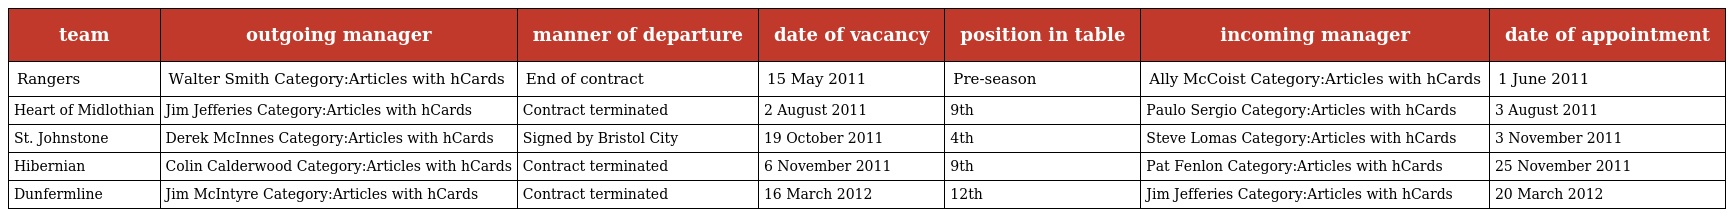
| team | outgoing manager | manner of departure | date of vacancy | position in table | incoming manager | date of appointment |
 | --- | --- | --- | --- | --- | --- | --- |
 | Rangers | Walter Smith Category:Articles with hCards | End of contract | 15 May 2011 | Pre-season | Ally McCoist Category:Articles with hCards | 1 June 2011 |
 | Heart of Midlothian | Jim Jefferies Category:Articles with hCards | Contract terminated | 2 August 2011 | 9th | Paulo Sergio Category:Articles with hCards | 3 August 2011 |
 | St. Johnstone | Derek McInnes Category:Articles with hCards | Signed by Bristol City | 19 October 2011 | 4th | Steve Lomas Category:Articles with hCards | 3 November 2011 |
 | Hibernian | Colin Calderwood Category:Articles with hCards | Contract terminated | 6 November 2011 | 9th | Pat Fenlon Category:Articles with hCards | 25 November 2011 |
 | Dunfermline | Jim McIntyre Category:Articles with hCards | Contract terminated | 16 March 2012 | 12th | Jim Jefferies Category:Articles with hCards | 20 March 2012 |